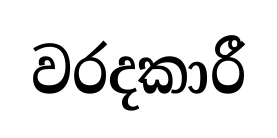
වරදකාරී